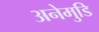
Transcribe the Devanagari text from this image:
अनेमुडि